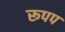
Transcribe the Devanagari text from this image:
रूपप